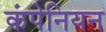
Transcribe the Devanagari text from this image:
कंपेनियन